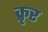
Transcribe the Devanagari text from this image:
क्रृर